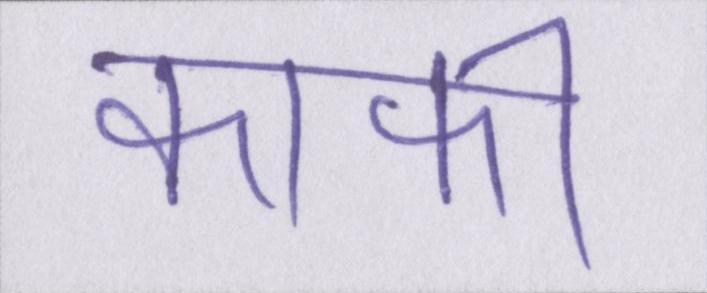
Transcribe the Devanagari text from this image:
काफी